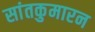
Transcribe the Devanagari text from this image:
सांतकुमारन